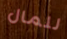
للمال